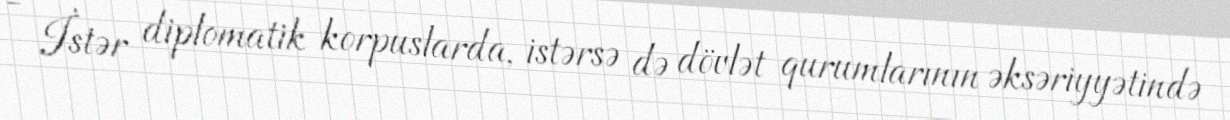
- İstər diplomatik korpuslarda, istərsə də dövlət qurumlarının əksəriyyətində